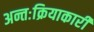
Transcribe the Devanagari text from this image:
अन्तःक्रियाकारी